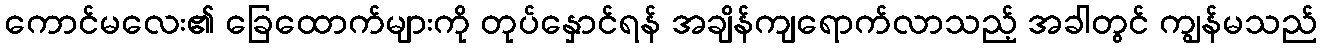
ကောင်မလေး၏ ခြေထောက်များကို တုပ်နှောင်ရန် အချိန်ကျရောက်လာသည့် အခါတွင် ကျွန်မသည်